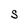
Character: S